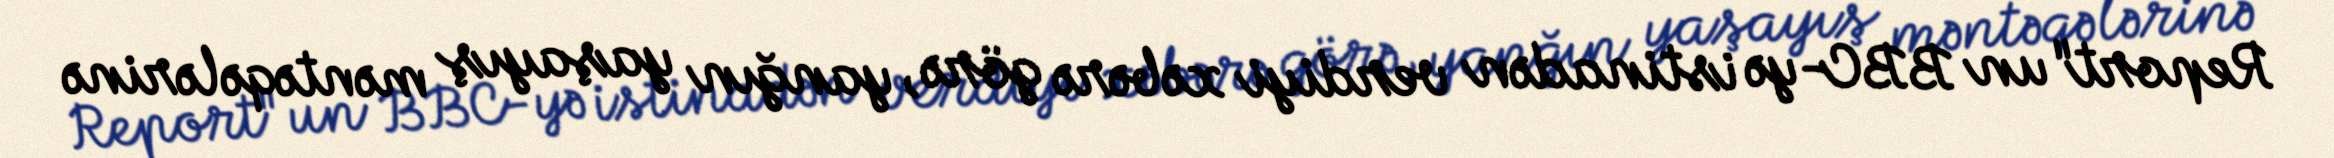
Report"un BBC-yə istinadən verdiyi xəbərə görə, yanğın yaşayış məntəqələrinə